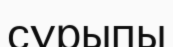
сұрыпы